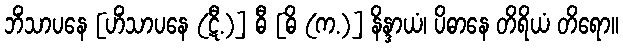
ဘိံသာပနေ [ဟိံသာပနေ (ဋီ.)] ဓီ [ဓိ (က.)] နိန္ဒာယံ၊ ပိဓာနေ တိရိယံ တိရော။